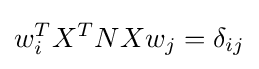
w_{i}^{T}X^{T}NXw_{j}=\delta _{ij}